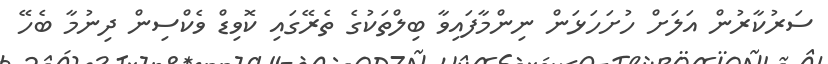
ސަރުކާރުން އަލަށް ހުށަހަޅަން ނިންމާފައިވާ ބިލްތަކުގެ ތެރޭގައި ކޮވިޑް ވެކްސިން ދިނުމާ ބެހޭ